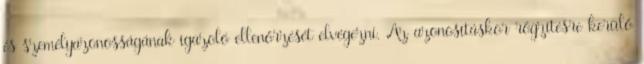
és személyazonosságának igazoló ellenőrzését elvégezni. Az azonosításkor rögzítésre kerülő